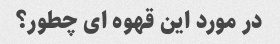
در مورد این قهوه ای چطور؟